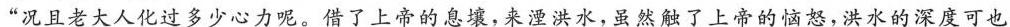
“况且老大人化过多少心力呢。借了上帝的息壤,粟湮洪水,虽然触了上帝的恼怒，洪水的深度可也